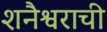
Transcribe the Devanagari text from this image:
शनैश्वराची